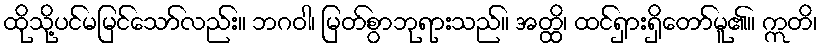
ထိုသို့ပင်မမြင်သော်လည်း။ ဘဂဝါ၊ မြတ်စွာဘုရားသည်။ အတ္ထိ၊ ထင်ရှားရှိတော်မူ၏။ ဣတိ၊